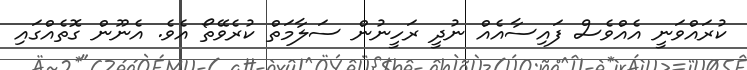
ކުރައްވަނީ އެއްވެސް ފައިސާއެއް ނުދީ ރަހީނުން ސަލާމަތް ކުރެވޭތޯ އެވެ. އެނޫން ގޮތެއްގައި